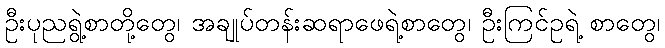
ဦးပုညရွဲ့စာတို့တွေ၊ အချုပ်တန်းဆရာဖေရဲ့စာတွေ၊ ဦးကြင်ဥရဲ့ စာတွေ၊